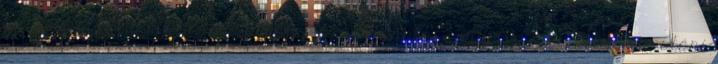
leírással, hogy "Elkezdtem programozást tanulni gondolva a kormányzás utáni